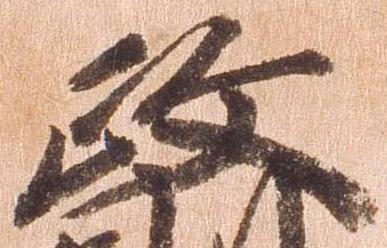
政